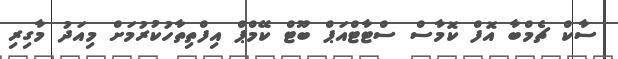
ސާކް ޗެމްބާ އޮފް ކޮމާސް ސްޓާޓްއަޕް ބޫޓް ކޭމްޕް އިފްތިތާހުކުރުމަށް މިއަދު މާގިރި